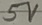
Text: 5V